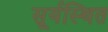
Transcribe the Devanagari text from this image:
सूर्यस्थित